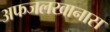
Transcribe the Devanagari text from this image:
अफजलखानास